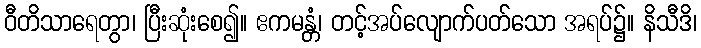
ဝီတိသာရေတွာ၊ ပြီးဆုံးစေ၍။ ဧကမန္တံ၊ တင့်အပ်လျောက်ပတ်သော အရပ်၌။ နိသီဒိ၊